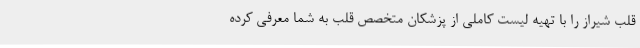
قلب شیراز را با تهیه لیست کاملی از پزشکان متخصص قلب به شما معرفی کرده